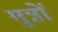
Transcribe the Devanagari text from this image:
मुन्नों